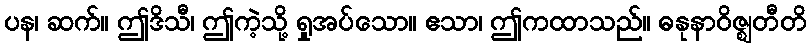
ပန၊ ဆက်။ ဤဒိသီ၊ ဤကဲ့သို့ ရှုအပ်သော။ ဧသာ၊ ဤကထာသည်။ ဓနုနာဝိဇ္ဈတီတိ